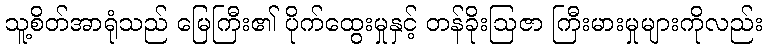
သူ့စိတ်အာရုံသည် မြေကြီး၏ ပိုက်ထွေးမှုနှင့် တန်ခိုးဩဇာ ကြီးမားမှုများကိုလည်း